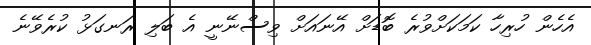
އެހެން ހުރިހާ ކަމަކަށްވުރެ ބޮޑަށް އޭނައަށް ވިސްނޭނީ އެ ބަލި ރަނގަޅު ކުރެވޭނެ